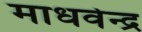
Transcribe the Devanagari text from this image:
माधवेन्द्र